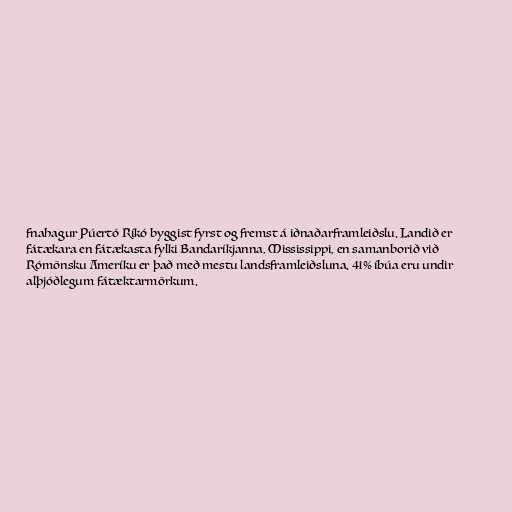
fnahagur Púertó Ríkó byggist fyrst og fremst á iðnaðarframleiðslu. Landið er
fátækara en fátækasta fylki Bandaríkjanna, Mississippi, en samanborið við
Rómönsku Ameríku er það með mestu landsframleiðsluna. 41% íbúa eru undir
alþjóðlegum fátæktarmörkum.